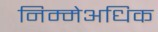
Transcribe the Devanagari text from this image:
निम्मेअधिक